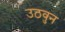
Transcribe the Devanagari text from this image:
उठवुन